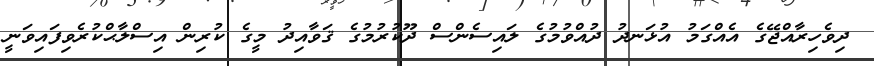
ދިވެހިރާއްޖޭގެ އެއްގަމު އުޅަނދު ދުއްވުމުގެ ލައިސެންސް ދޫކުރުމުގެ ޤަވާއިދު މީގެ ކުރިން އިސްލާޙްކުރެވިފައިވަނީ